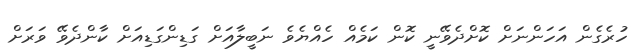
ހުރެގެން އަހަންނަށް ކޮށްދެވޭނީ ކޮން ކަމެއް ހެއްޔެވެ ނަބީލާއަށް ގަޑިންގަޑިއަށް ކާންދެވޭ ވަރަށް